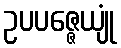
ဥပပဇ္ဇေယျုံ